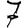
Digit: 7